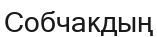
Собчакдың